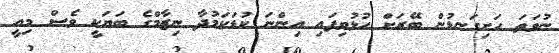
ނުވަތަ ހަށިގަނޑުން ބޭރަށް ހުޅުވިފައި އިންނަ ކުޑަކަމުދާ ނިޒާމްގެ ބަޔަކީ ވެސް މިއީ